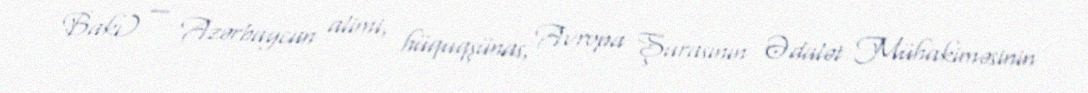
Bakı) — Azərbaycan alimi, hüquqşünas, Avropa Şurasının Ədalət Mühakiməsinin